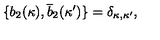
\{ b _ { 2 } ( \kappa ) , \overline { { b } } _ { 2 } ( \kappa ^ { \prime } ) \} = \delta _ { \kappa , \kappa ^ { \prime } } ,